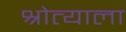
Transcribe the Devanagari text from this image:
श्रोत्याला